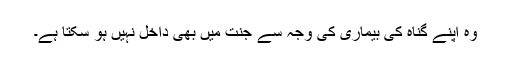
وہ اپنے گناہ کی بیماری کی وجہ سے جنت میں بھی داخل نہیں ہو سکتا ہے۔